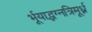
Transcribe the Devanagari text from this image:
र्भूयाद्भग्नत्रिमूर्ध्न